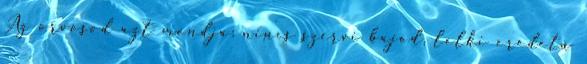
Az orvosod azt mondja: nincs szervi bajod, lelki eredetű